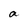
Character: a